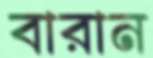
বারান